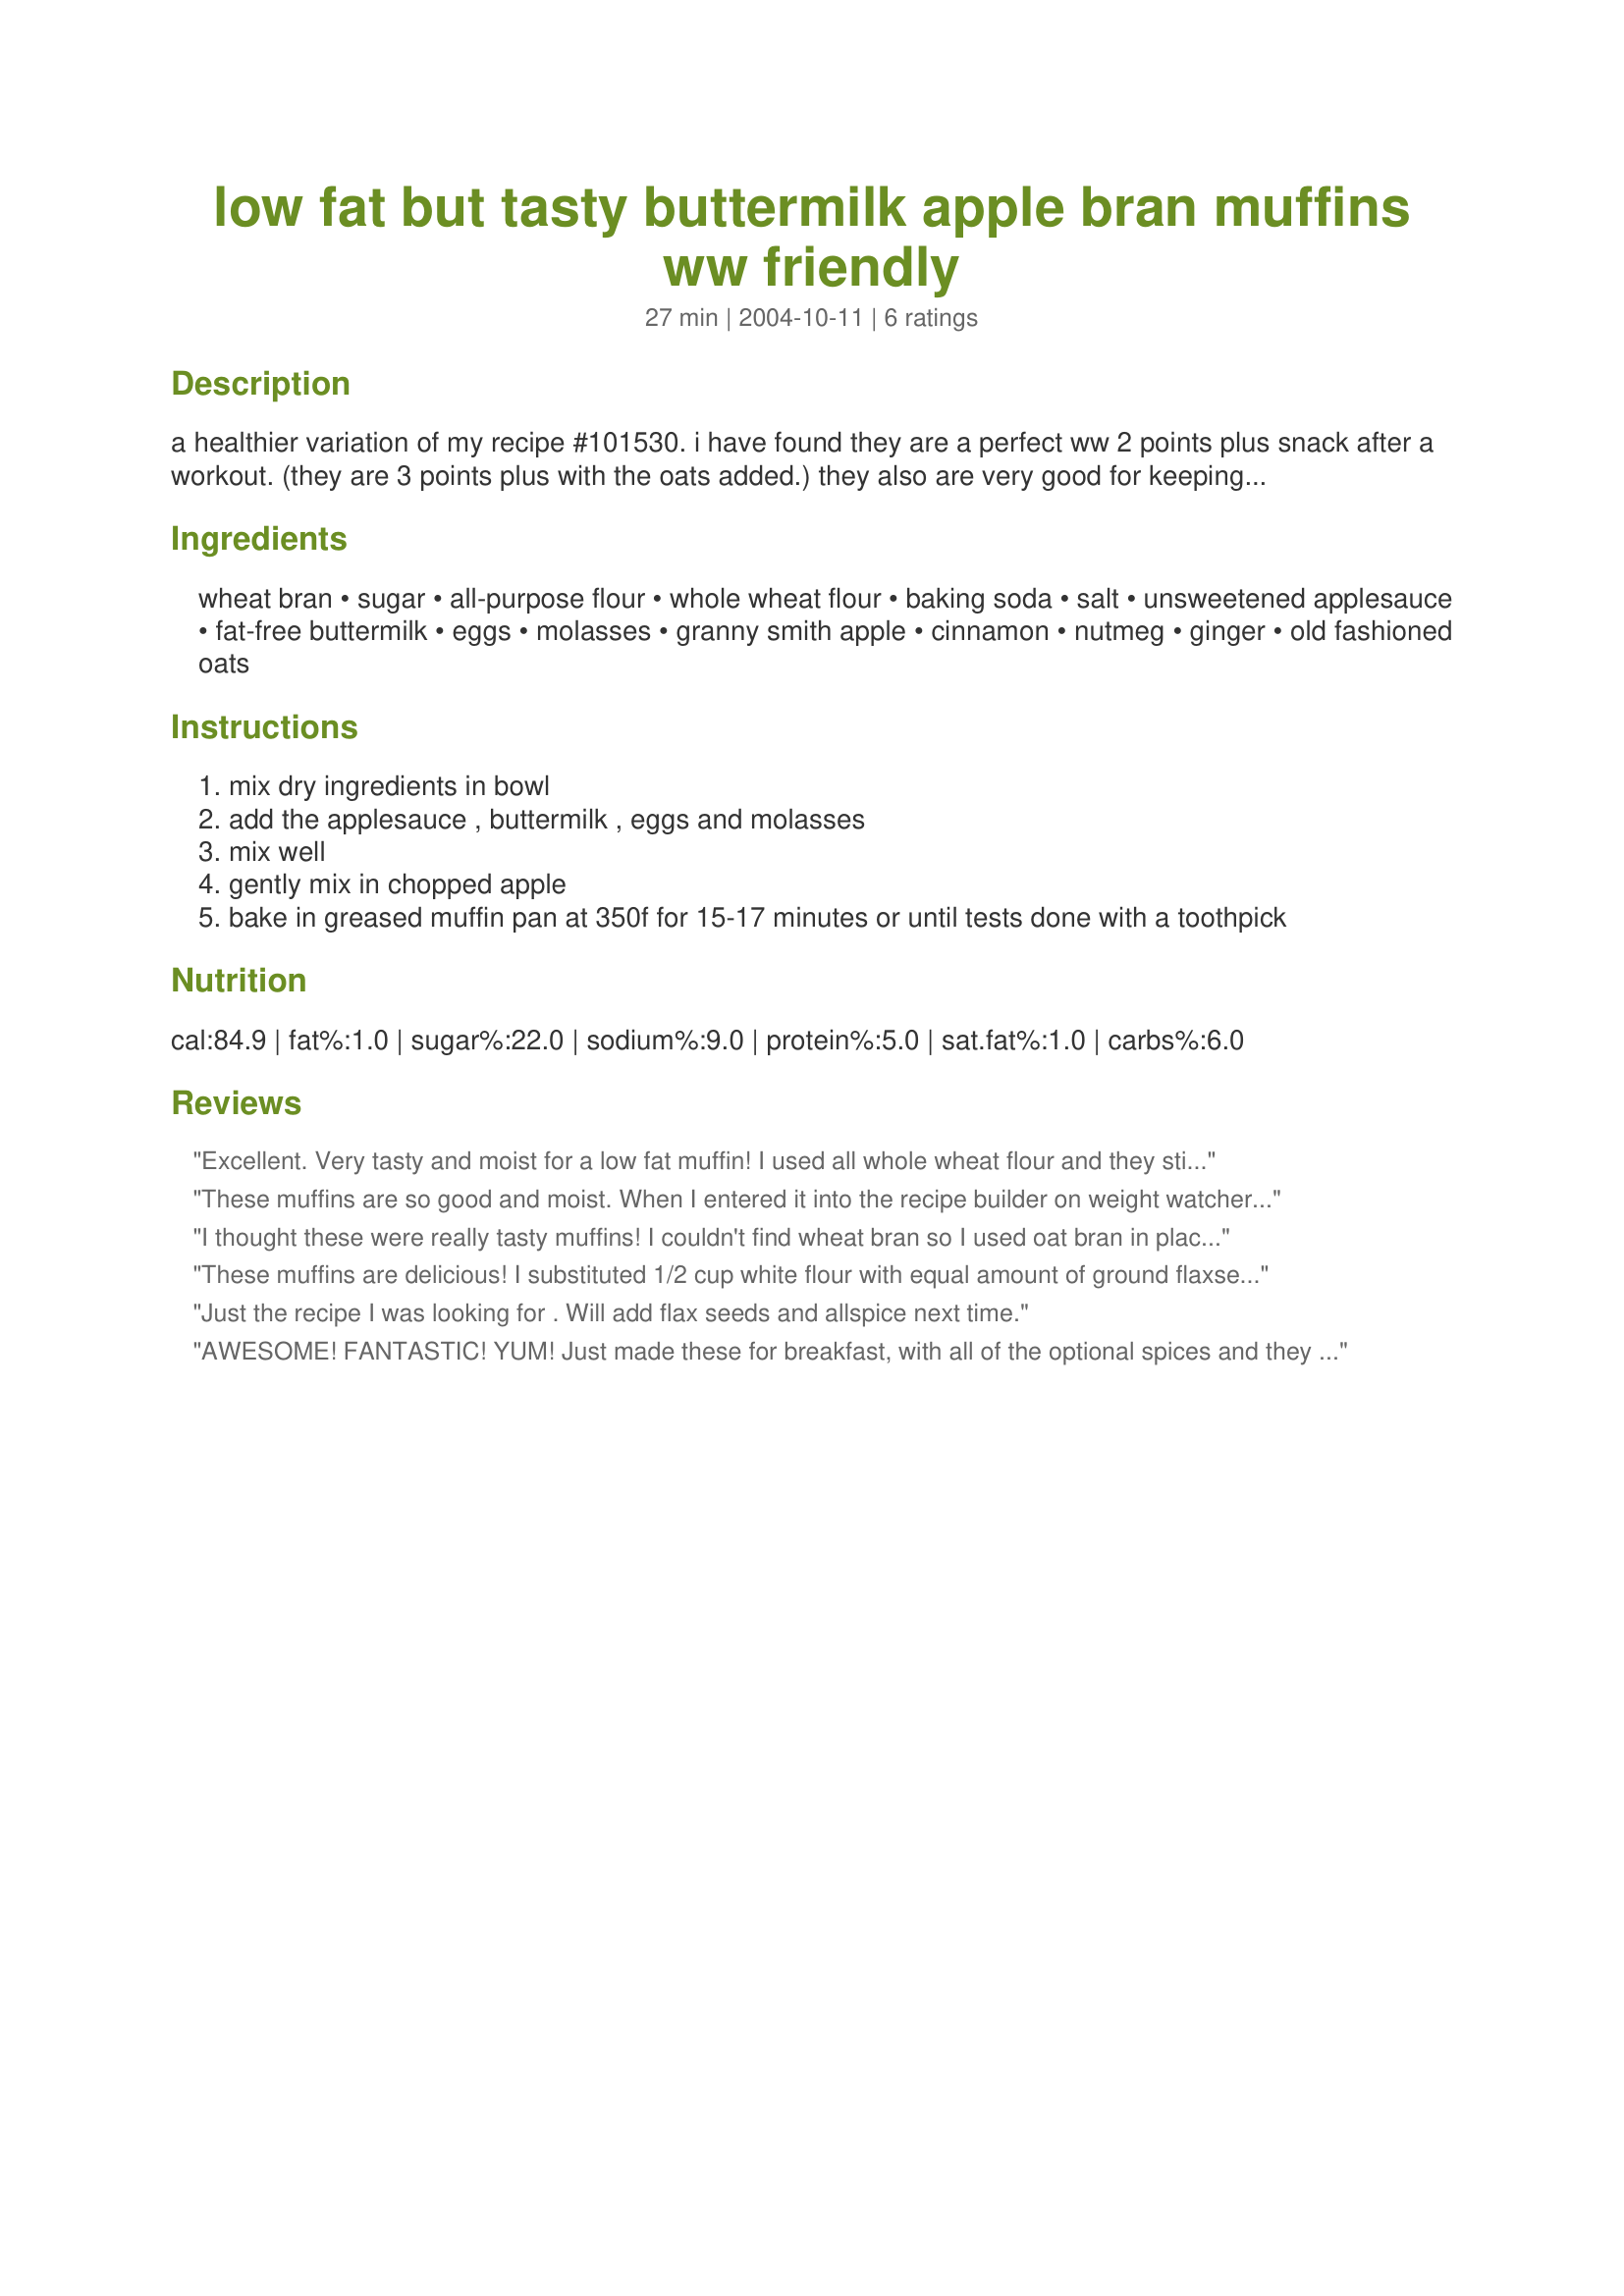
low fat but tasty buttermilk apple bran muffins ww friendly
Preparation time: 27 minutes

a healthier variation of my recipe #101530. i have found they are a perfect ww 2 points plus snack after a workout. (they are 3 points plus with the oats added.) they also are very good for keeping your system regular when you are limiting your fat intake. ;) you can keep the batter in the refrigerator for several days and bake them as you need them, but they also freeze really well. (if you don't have fat free buttermilk, place 2 tbls. of vinegar or lemon juice in a measuring cup then add low fat milk until it totals 2 cups altogether.) sometimes i get bored with the original plain muffins and add some or all of the optional ingredients. i've also started adding 1 cup of old fashioned oats to mimic nuts in the muffins. they are delicious with ww's cream cheese on them too. please note: wheat bran is not cereal. i buy mine at the bulk food store, and it looks like sawdust. oat bran can be used in its place but the muffins aren't as tasty imho.

Ingredients:
wheat bran, sugar, all-purpose flour, whole wheat flour, baking soda, salt, unsweetened applesauce, fat-free buttermilk, eggs, molasses, granny smith apple, cinnamon, nutmeg, ginger, old fashioned oats

Steps:
mix dry ingredients in bowl
add the applesauce , buttermilk , eggs and molasses
mix well
gently mix in chopped apple
bake in greased muffin pan at 350f for 15-17 minutes or until tests done with a toothpick

Reviews:
Excellent. Very tasty and moist for a low fat muffin! I used all whole wheat flour and they still turned out great. Thanks for the great recipe.
These muffins are so good and moist. When I entered it into the recipe builder on weight watchers, they were 3 points each. Why the discrepancy from what the author posted? I used reduced fat buttermilk in place of fat free. I also used the old fashioned oats that were optional and honey in place of the molasses. I used all whole wheat flour, too. For the spices, I added a splash of vanilla and used 1 1/2 tsp cinnamon and 1/2 tsp allspice. I added three grated Fuji apples which gave a nice texture. I got 29 muffins with this recipe and will make again.
I thought these were really tasty muffins! I couldn't find wheat bran so I used oat bran in place of it. I also used all whole wheat flour. My kids didn't think they were sweet enough so I will dust theirs with powdered sugar tomorrow. :) I froze most of them in bags of 2 and can't wait for those easy, delicious, low point breakfast/snacks. Thanks, Marg!
These muffins are delicious! I substituted 1/2 cup white flour with equal amount of ground flaxseeds for a little extra fiber, turned out great and still very moist!
Just the recipe I was looking for . Will add flax seeds and allspice next time.
AWESOME! FANTASTIC! YUM! Just made these for breakfast, with all of the optional spices and they are FANTASTIC. A bit of work, but it makes two dozen, and is totally worth it. Only 1 Point a piece. I am in muffin heaven.
